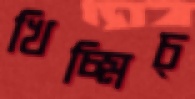
খিচ্‌মিচ্‌